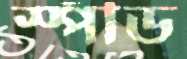
স্পীড